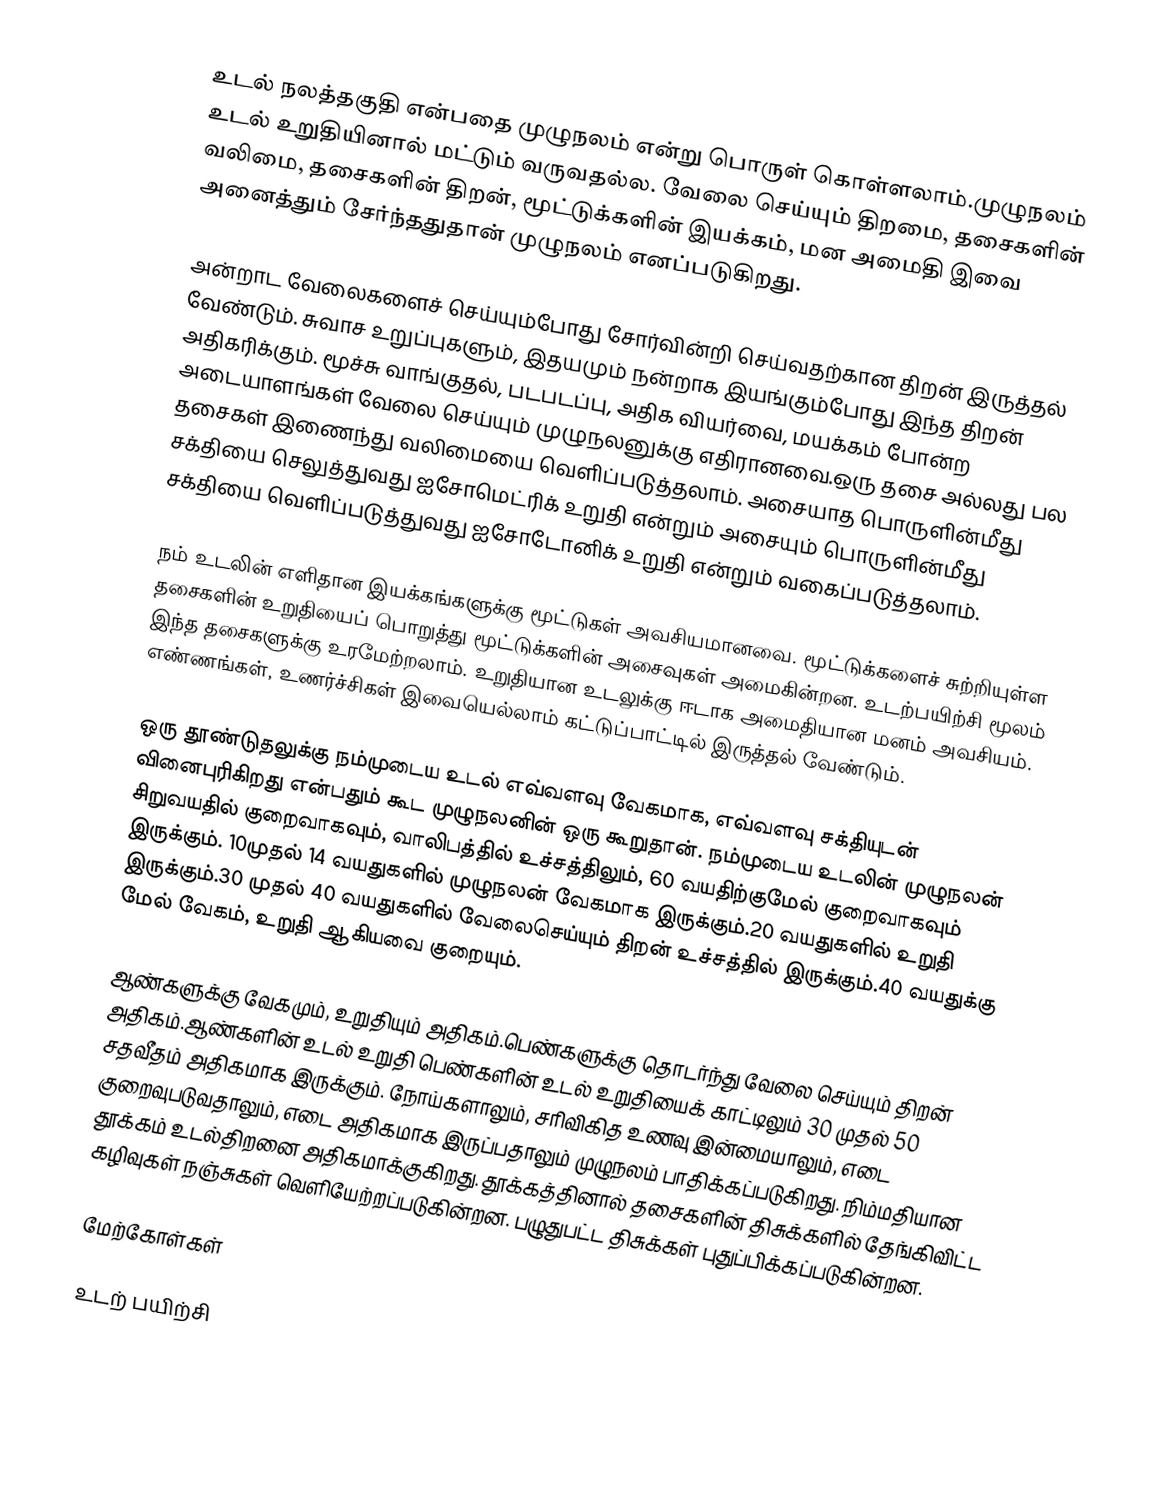
உடல் நலத்தகுதி என்பதை முழுநலம் என்று பொருள் கொள்ளலாம்.முழுநலம் உடல் உறுதியினால் மட்டும் வருவதல்ல. வேலை செய்யும் திறமை, தசைகளின் வலிமை, தசைகளின் திறன், மூட்டுக்களின் இயக்கம், மன அமைதி இவை அனைத்தும் சேர்ந்ததுதான் முழுநலம் எனப்படுகிறது.

அன்றாட வேலைகளைச் செய்யும்போது சோர்வின்றி செய்வதற்கான திறன் இருத்தல் வேண்டும். சுவாச உறுப்புகளும், இதயமும் நன்றாக இயங்கும்போது இந்த திறன் அதிகரிக்கும். மூச்சு வாங்குதல், படபடப்பு, அதிக வியர்வை, மயக்கம் போன்ற அடையாளங்கள் வேலை செய்யும் முழுநலனுக்கு எதிரானவை.ஒரு தசை அல்லது பல தசைகள் இணைந்து வலிமையை வெளிப்படுத்தலாம். அசையாத பொருளின்மீது சக்தியை செலுத்துவது ஐசோமெட்ரிக் உறுதி என்றும் அசையும் பொருளின்மீது சக்தியை வெளிப்படுத்துவது ஐசோடோனிக் உறுதி என்றும் வகைப்படுத்தலாம்.

நம் உடலின் எளிதான இயக்கங்களுக்கு மூட்டுகள் அவசியமானவை. மூட்டுக்களைச் சுற்றியுள்ள தசைகளின் உறுதியைப் பொறுத்து மூட்டுக்களின் அசைவுகள் அமைகின்றன. உடற்பயிற்சி மூலம் இந்த தசைகளுக்கு உரமேற்றலாம். உறுதியான உடலுக்கு ஈடாக அமைதியான மனம் அவசியம். எண்ணங்கள், உணர்ச்சிகள் இவையெல்லாம் கட்டுப்பாட்டில் இருத்தல் வேண்டும்.

ஒரு தூண்டுதலுக்கு நம்முடைய உடல் எவ்வளவு வேகமாக, எவ்வளவு சக்தியுடன் வினைபுரிகிறது என்பதும் கூட முழுநலனின் ஒரு கூறுதான். நம்முடைய உடலின் முழுநலன் சிறுவயதில் குறைவாகவும், வாலிபத்தில் உச்சத்திலும், 60 வயதிற்குமேல் குறைவாகவும் இருக்கும். 10முதல் 14 வயதுகளில் முழுநலன் வேகமாக இருக்கும்.20 வயதுகளில் உறுதி இருக்கும்.30 முதல் 40 வயதுகளில் வேலைசெய்யும் திறன் உச்சத்தில் இருக்கும்.40 வயதுக்கு மேல் வேகம், உறுதி ஆகியவை குறையும்.

ஆண்களுக்கு வேகமும், உறுதியும் அதிகம்.பெண்களுக்கு தொடர்ந்து வேலை செய்யும் திறன் அதிகம்.ஆண்களின் உடல் உறுதி பெண்களின் உடல் உறுதியைக் காட்டிலும் 30 முதல் 50 சதவீதம் அதிகமாக இருக்கும். நோய்களாலும், சரிவிகித உணவு இன்மையாலும், எடை குறைவுபடுவதாலும், எடை அதிகமாக இருப்பதாலும் முழுநலம் பாதிக்கப்படுகிறது. நிம்மதியான தூக்கம் உடல்திறனை அதிகமாக்குகிறது. தூக்கத்தினால் தசைகளின் திசுக்களில் தேங்கிவிட்ட கழிவுகள் நஞ்சுகள் வெளியேற்றப்படுகின்றன. பழுதுபட்ட திசுக்கள் புதுப்பிக்கப்படுகின்றன.

மேற்கோள்கள்

உடற் பயிற்சி